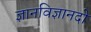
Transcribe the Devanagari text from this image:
ज्ञानविज्ञानदो